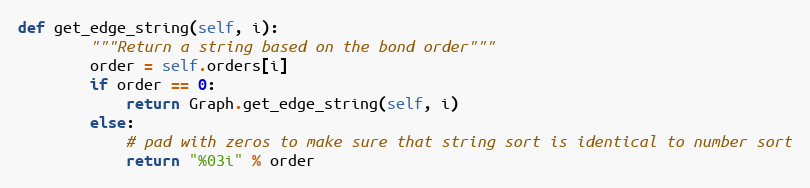
Language: Python
def get_edge_string(self, i):
        """Return a string based on the bond order"""
        order = self.orders[i]
        if order == 0:
            return Graph.get_edge_string(self, i)
        else:
            # pad with zeros to make sure that string sort is identical to number sort
            return "%03i" % order